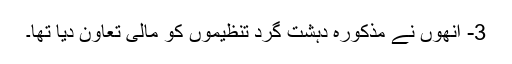
3- انھوں نے مذکورہ دہشت گرد تنظیموں کو مالی تعاون دیا تھا۔